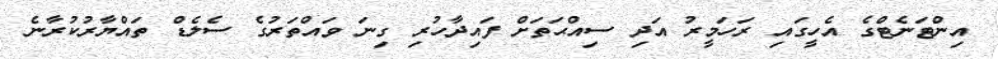
އިންޓަނެޓްގެ އެހީގައި ރަހަމީރު އަދި ސިއްޙަތަށް ފައިދާހުރި ގިނަ ވައްތަރުގެ ސެލެޑް ތައްޔާރުކުރާނެ